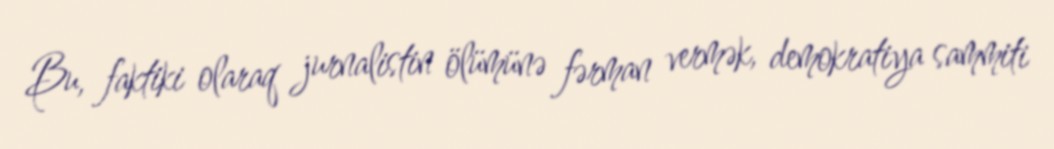
Bu, faktiki olaraq jurnalistin ölümünə fərman vermək, demokratiya sammiti